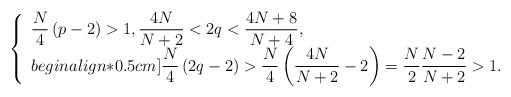
LaTeX: \begin{align*}\left\{\begin{array}{ll}\dfrac{N}{4}\left(p-2\right)>1,\dfrac{4N}{N+2}<2q<\dfrac{4N+8}{N+4},\\begin{align*}0.5cm]\dfrac{N}{4}\left(2q-2\right)>\dfrac{N}{4}\left(\dfrac{4N}{N+2}-2\right)=\dfrac{N}{2}\dfrac{N-2}{N+2}>1.\end{array}\right.\end{align*}